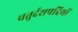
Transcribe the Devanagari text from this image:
चतुर्दशपदियों